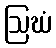
ဩဃံ